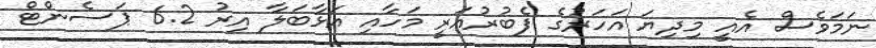
ނަމަވެސް އެއީ މިދިޔަ އަހަރުގެ ފެބުރުއަރީ މަހާއި އަޅާބަލާ އިރު 6.2 ޕަސެންޓް